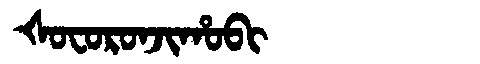
Manchu: ᡧᠣᠸᠣᡵᠣᠨᠵᡳᡥᠣᠪᡳ
Romanization: ŠOFORONJIHOBI